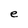
Character: e